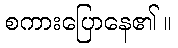
စကားပြောနေ၏ ။